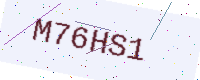
Text: M76HS1